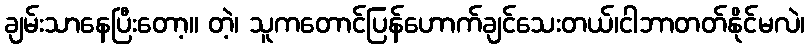
ချမ်းသာနေပြီးတော့။ တဲ့၊ သူကတောင်ပြန်ဟောက်ချင်သေးတယ်၊ငါဘာတတ်နိုင်မလဲ၊